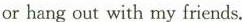
or hang out with my friends.